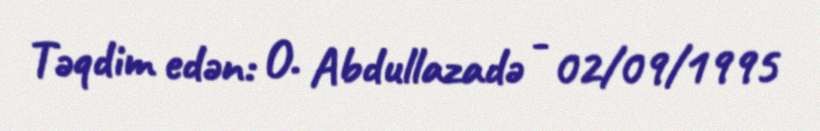
Təqdim edən: O. Abdullazadə - 02/09/1995